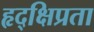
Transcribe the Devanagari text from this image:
हृद्‌क्षिप्रता